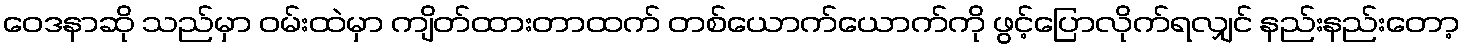
ဝေဒနာဆို သည်မှာ ဝမ်းထဲမှာ ကျိတ်ထားတာထက် တစ်ယောက်ယောက်ကို ဖွင့်ပြောလိုက်ရလျှင် နည်းနည်းတော့